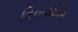
વિનાશશીલ